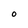
Character: O